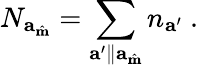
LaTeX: N_{\mathbf{a}_{\hat{\mathbf{m}}}}=\sum_{\mathbf{a}^{\prime}\parallel\mathbf{a}_{\hat{\mathbf{m}}}}n_{\mathbf{a}^{\prime}}~.